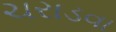
ચરાડવા